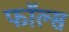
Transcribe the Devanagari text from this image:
फाॅल्स